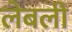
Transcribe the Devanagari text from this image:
लेबली